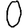
Digit: 0